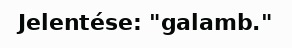
Jelentése: "galamb."